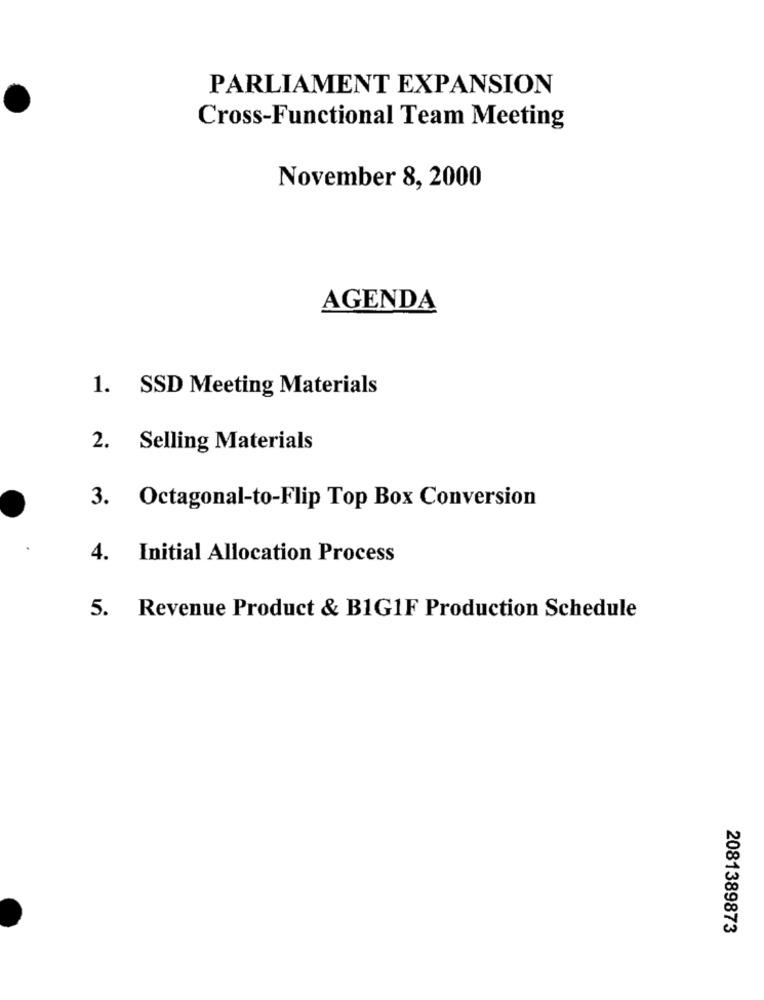
PARLIAMENT EXPANSION
Cross-Functional Team Meeting
November 8, 2000
AGENDA
1. SSD Meeting Materials
2. Selling Materials
3.
Octagonal-to-Flip Top Box Conversion
4. Initial Allocation Process
5. Revenue Product & B1G1F Production Schedule
2081389873